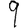
Digit: 9